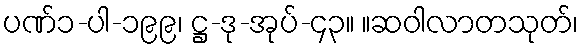
ပဏ်၁-ပါ-၁၉၉၊ ဋ္ဌ-ဒု-အုပ်-၄၃။ ။ဆဝါလာတသုတ်၊